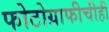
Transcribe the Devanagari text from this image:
फोटोग्राफीचीही